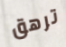
ترهق